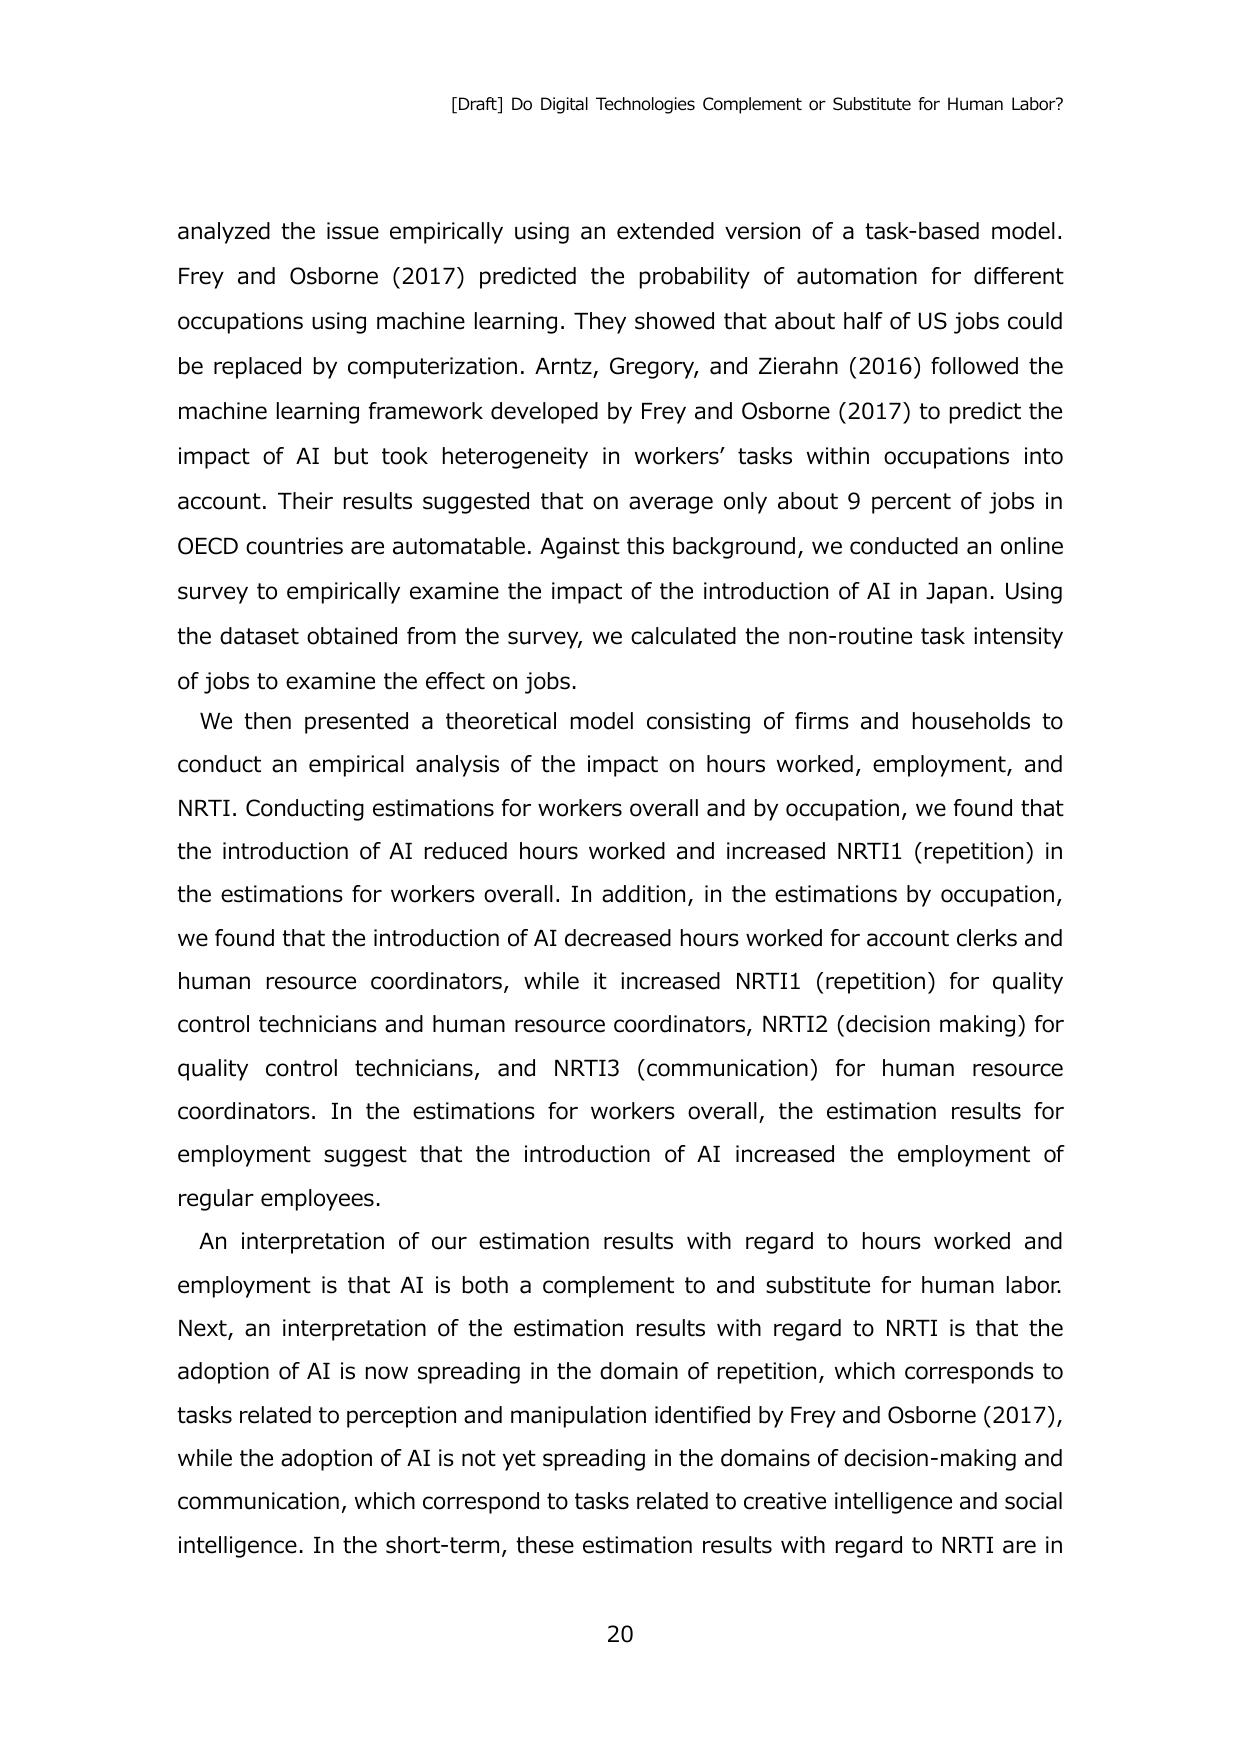
[Draft] Do Digital Technologies Complement or Substitute for Human Labor?

analyzed the issue empirically using an extended version of a task-based model. Frey and Osborne (2017) predicted the probability of automation for different occupations using machine learning. They showed that about half of US jobs could be replaced by computerization. Arntz, Gregory, and Zierahn (2016) followed the machine learning framework developed by Frey and Osborne (2017) to predict the impact of AI but took heterogeneity in workers’ tasks within occupations into account. Their results suggested that on average only about 9 percent of jobs in OECD countries are automatable. Against this background, we conducted an online survey to empirically examine the impact of the introduction of AI in Japan. Using the dataset obtained from the survey, we calculated the non-routine task intensity of jobs to examine the effect on jobs.

We then presented a theoretical model consisting of firms and households to conduct an empirical analysis of the impact on hours worked, employment, and NRTI. Conducting estimations for workers overall and by occupation, we found that the introduction of AI reduced hours worked and increased NRTI1 (repetition) in the estimations for workers overall. In addition, in the estimations by occupation, we found that the introduction of AI decreased hours worked for account clerks and human resource coordinators, while it increased NRTI1 (repetition) for quality control technicians and human resource coordinators, NRTI2 (decision making) for quality control technicians, and NRTI3 (communication) for human resource coordinators. In the estimations for workers overall, the estimation results for employment suggest that the introduction of AI increased the employment of regular employees.

An interpretation of our estimation results with regard to hours worked and employment is that AI is both a complement to and substitute for human labor. Next, an interpretation of the estimation results with regard to NRTI is that the adoption of AI is now spreading in the domain of repetition, which corresponds to tasks related to perception and manipulation identified by Frey and Osborne (2017), while the adoption of AI is not yet spreading in the domains of decision-making and communication, which correspond to tasks related to creative intelligence and social intelligence. In the short-term, these estimation results with regard to NRTI are in

20